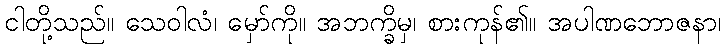
ငါတို့သည်။ သေဝါလံ၊ မှော်ကို။ အဘက္ခိမှ၊ စားကုန်၏။ အပါဏဘောဇနာ၊